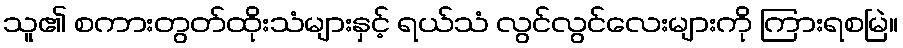
သူ၏ စကားတွတ်ထိုးသံများနှင့် ရယ်သံ လွင်လွင်လေးများကို ကြားရစမြဲ။